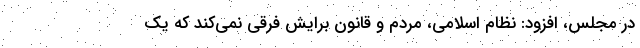
در مجلس، افزود: نظام اسلامی، مردم و قانون برایش فرقی نمی‌کند که یک